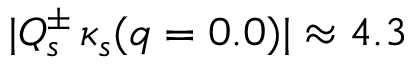
\vert Q _ { s } ^ { \pm } \, \kappa _ { s } ( q = 0 . 0 ) \vert \approx 4 . 3